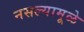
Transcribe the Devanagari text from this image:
नसल्यामूळे